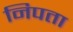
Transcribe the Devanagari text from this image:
निपता